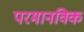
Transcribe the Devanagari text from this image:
परमानविक